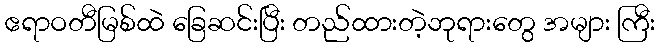
ဧရာဝတီမြစ်ထဲ ခြေဆင်းပြီး တည်ထားတဲ့ဘုရားတွေ အများ ကြီး